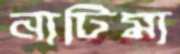
নাটিমা